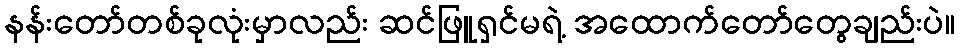
နန်းတော်တစ်ခုလုံးမှာလည်း ဆင်ဖြူရှင်မရဲ့ အထောက်တော်တွေချည်းပဲ။